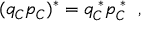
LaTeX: ( q _ { \cal C } p _ { \cal C } ) ^ { * } = q _ { \cal C } ^ { \; * } p _ { \cal C } ^ { \; * } \; \; ,